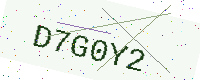
Text: D7G0Y2